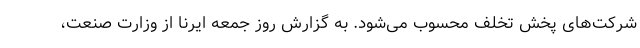
شرکت‌های پخش تخلف محسوب می‌شود. به گزارش روز جمعه ایرنا از وزارت صنعت،